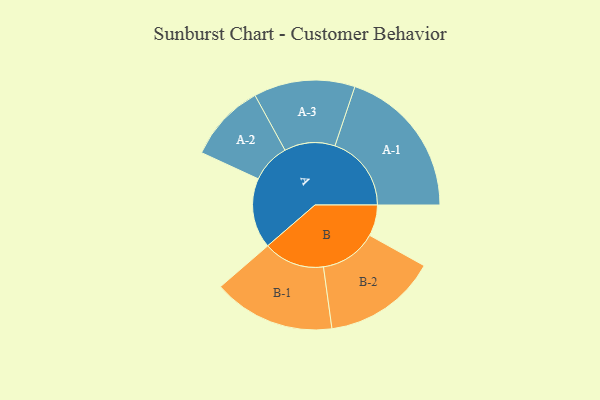
{"axis": {"x": "Segment", "y": "Value"}, "legend": ["", "A", "B"], "data": [{"x": "A", "y": 237, "type": ""}, {"x": "B", "y": 105, "type": ""}, {"x": "A-1", "y": 258, "type": "A"}, {"x": "A-2", "y": 132, "type": "A"}, {"x": "A-3", "y": 171, "type": "A"}, {"x": "B-1", "y": 206, "type": "B"}, {"x": "B-2", "y": 192, "type": "B"}]}